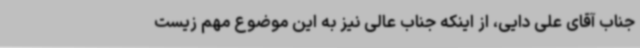
جناب آقای علی دایی، از اینکه جناب‌ عالی نیز به این موضوع مهم زیست